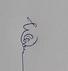
Signature authenticity: genuine